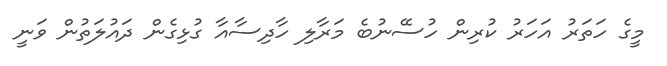
މީގެ ހަތަރު އަހަރު ކުރިން ހުސޭނުބެ މަރާލި ހާދިސާއާ ގުޅިގެން ދައުލަތުން ވަނީ